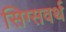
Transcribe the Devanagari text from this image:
सिग्सवर्थ